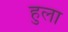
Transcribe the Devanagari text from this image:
हुला